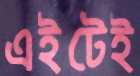
এইটেই